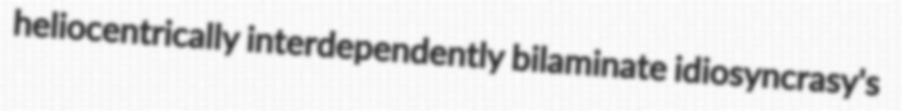
heliocentrically interdependently bilaminate idiosyncrasy's